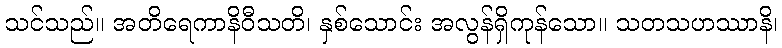
သင်သည်။ အတိရေကာနိဝီသတိ၊ နှစ်သောင်း အလွန်ရှိကုန်သော။ သတသဟဿာနိ၊